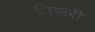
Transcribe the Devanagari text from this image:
निरूरी